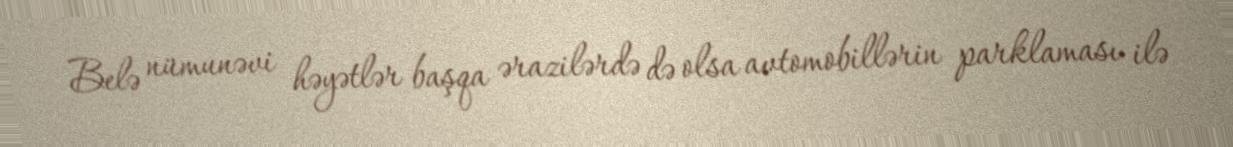
Belə nümunəvi həyətlər başqa ərazilərdə də olsa avtomobillərin parklaması ilə